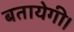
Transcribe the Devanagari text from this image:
बतायेगी।